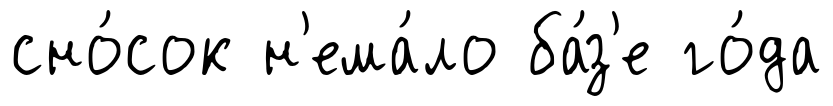
сно́сок н'ема́ло ба́з'е го́да